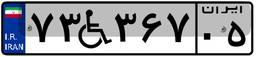
۷۳W۳۶۷۰۵